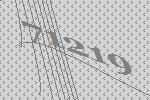
71219